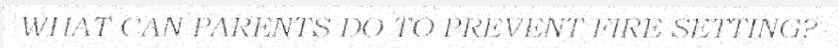
WHAT CAN PARENTS DO TO PREVENT FIRE SETTING?